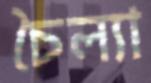
চৈল্যা